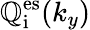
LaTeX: \mathbb{Q}_{\mathrm{{i}}}^{\mathrm{{es}}}(k_{y})